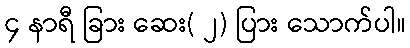
၄ နာရီ ခြား ဆေး( ၂) ပြား သောက်ပါ။